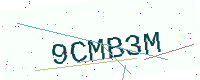
Text: 9CMB3M